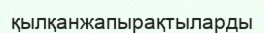
қылқанжапырақтыларды